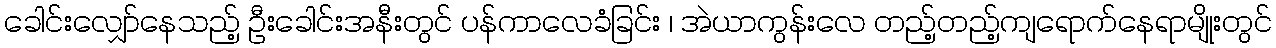
ခေါင်းလျှော်နေသည့် ဦးခေါင်းအနီးတွင် ပန်ကာလေခံခြင်း ၊ အဲယာကွန်းလေ တည့်တည့်ကျရောက်နေရာမျိုးတွင်